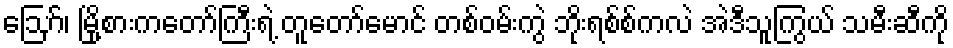
ဪ၊ မြို့စားကတော်ကြီးရဲ့ တူတော်မောင် တစ်ဝမ်းကွဲ ဘိုးရစ်စ်ကလဲ အဲဒီသူကြွယ် သမီးဆီကို